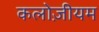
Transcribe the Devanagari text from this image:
कलोज़ीयम